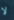
لا